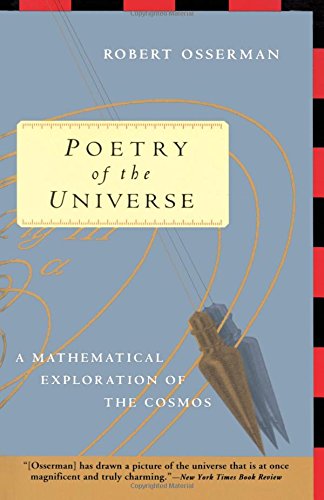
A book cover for Poetry of the Universe: A Mathematical Exploration of the Cosmos; Robert Osserman; Science & Math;